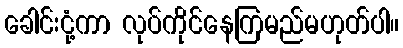
ခေါင်းငုံ့ကာ လုပ်ကိုင်နေကြမည်မဟုတ်ပါ။